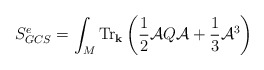
\begin{align*}\displaystyle{S^e_{GCS}= \int_M \mbox{Tr}_{\bf k} \left( \frac{1}{2}{\cal A}Q{\cal A}+\frac{1}{3}{\cal A}^3 \right)}\end{align*}